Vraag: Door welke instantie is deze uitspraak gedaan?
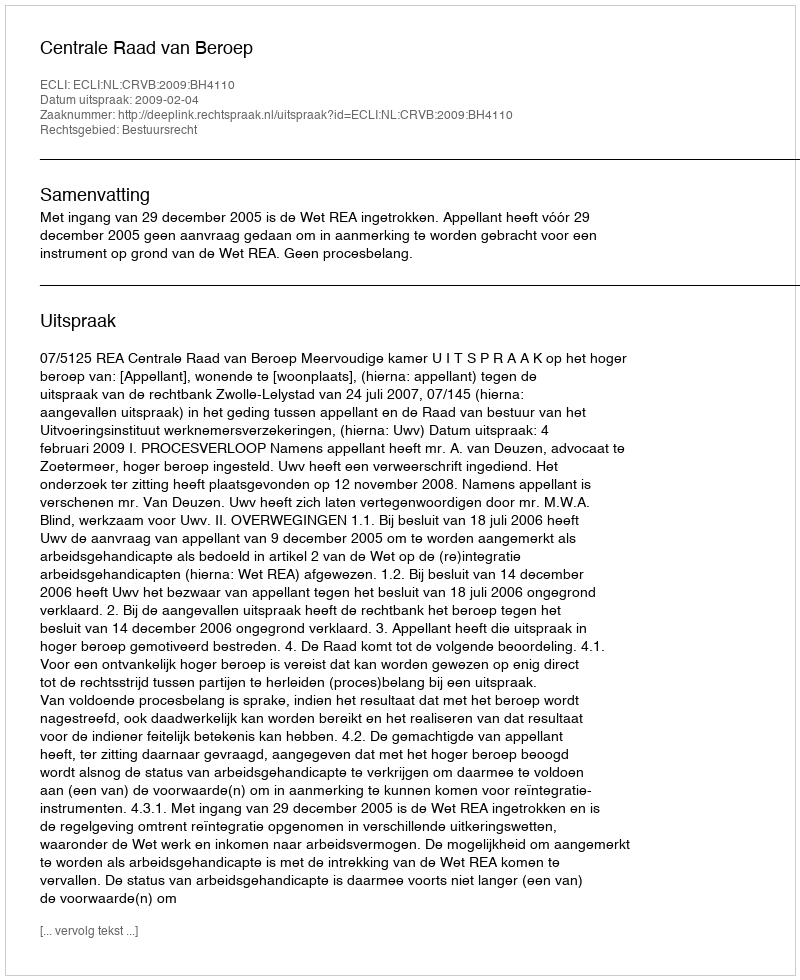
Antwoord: Centrale Raad van Beroep